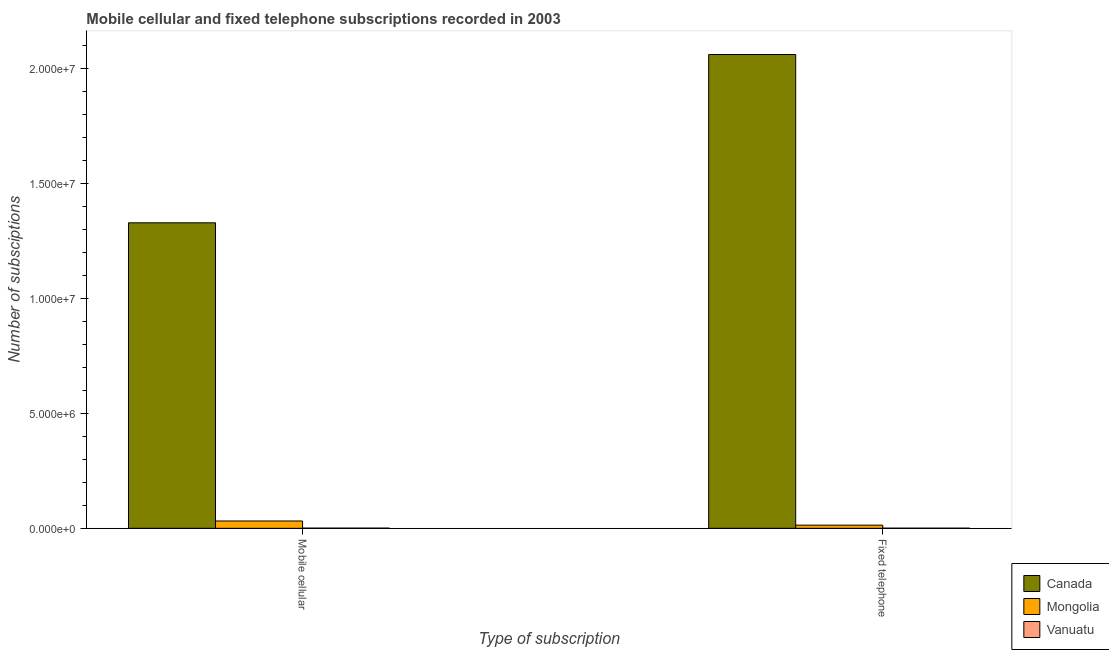
| Type of subscription | Canada | Mongolia | Vanuatu |
 | --- | --- | --- | --- |
 | Mobile cellular | 1.33e+07 | 3.19e+05 | 7.8e+03 |
 | Fixed telephone | 2.06e+07 | 1.38e+05 | 6.54e+03 |